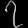
Digit: ၇